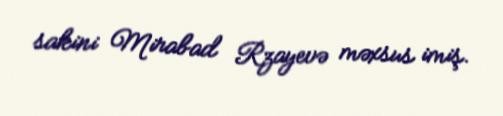
sakini Mirabad Rzayevə məxsus imiş.